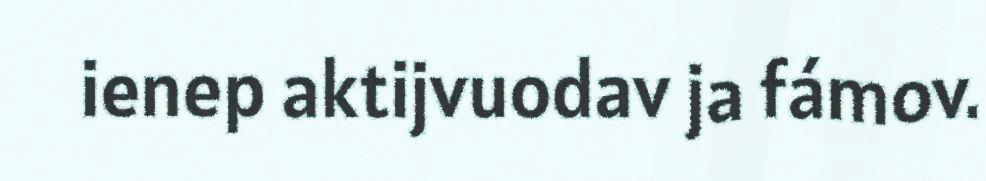
ienep aktijvuodav ja fámov.